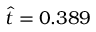
\hat { t } = 0 . 3 8 9